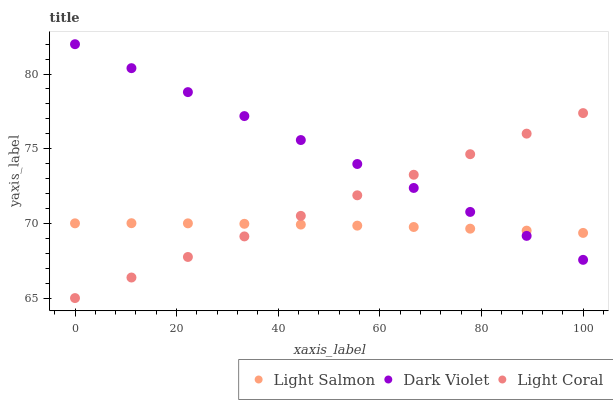
| xaxis_label | Light Salmon | Dark Violet | Light Coral |
 | --- | --- | --- | --- |
 | 0 | 70 | 82 | 65 |
 | 11.1 | 70 | 80.4 | 66.4 |
 | 22.2 | 70 | 78.8 | 67.8 |
 | 33.3 | 70 | 77.2 | 69.1 |
 | 44.4 | 69.9 | 75.6 | 70.5 |
 | 55.6 | 69.9 | 74 | 71.9 |
 | 66.7 | 69.8 | 72.4 | 73.3 |
 | 77.8 | 69.6 | 70.8 | 74.6 |
 | 88.9 | 69.5 | 69.2 | 76 |
 | 100 | 69.4 | 67.6 | 77.4 |